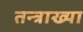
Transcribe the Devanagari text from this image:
तन्त्राख्या